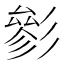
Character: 𱝦